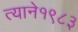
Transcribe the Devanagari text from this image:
त्याने१९८३